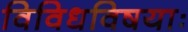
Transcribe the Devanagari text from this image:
विविधविषयाः